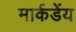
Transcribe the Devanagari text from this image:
मार्कडेंय